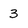
Character: 3